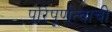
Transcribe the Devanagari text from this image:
परिपूर्णत्वाची